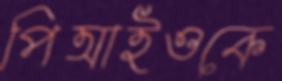
পিআইওকে